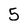
Character: 5